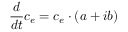
\frac { d } { d t } c _ { e } = c _ { e } \cdot ( a + i b )